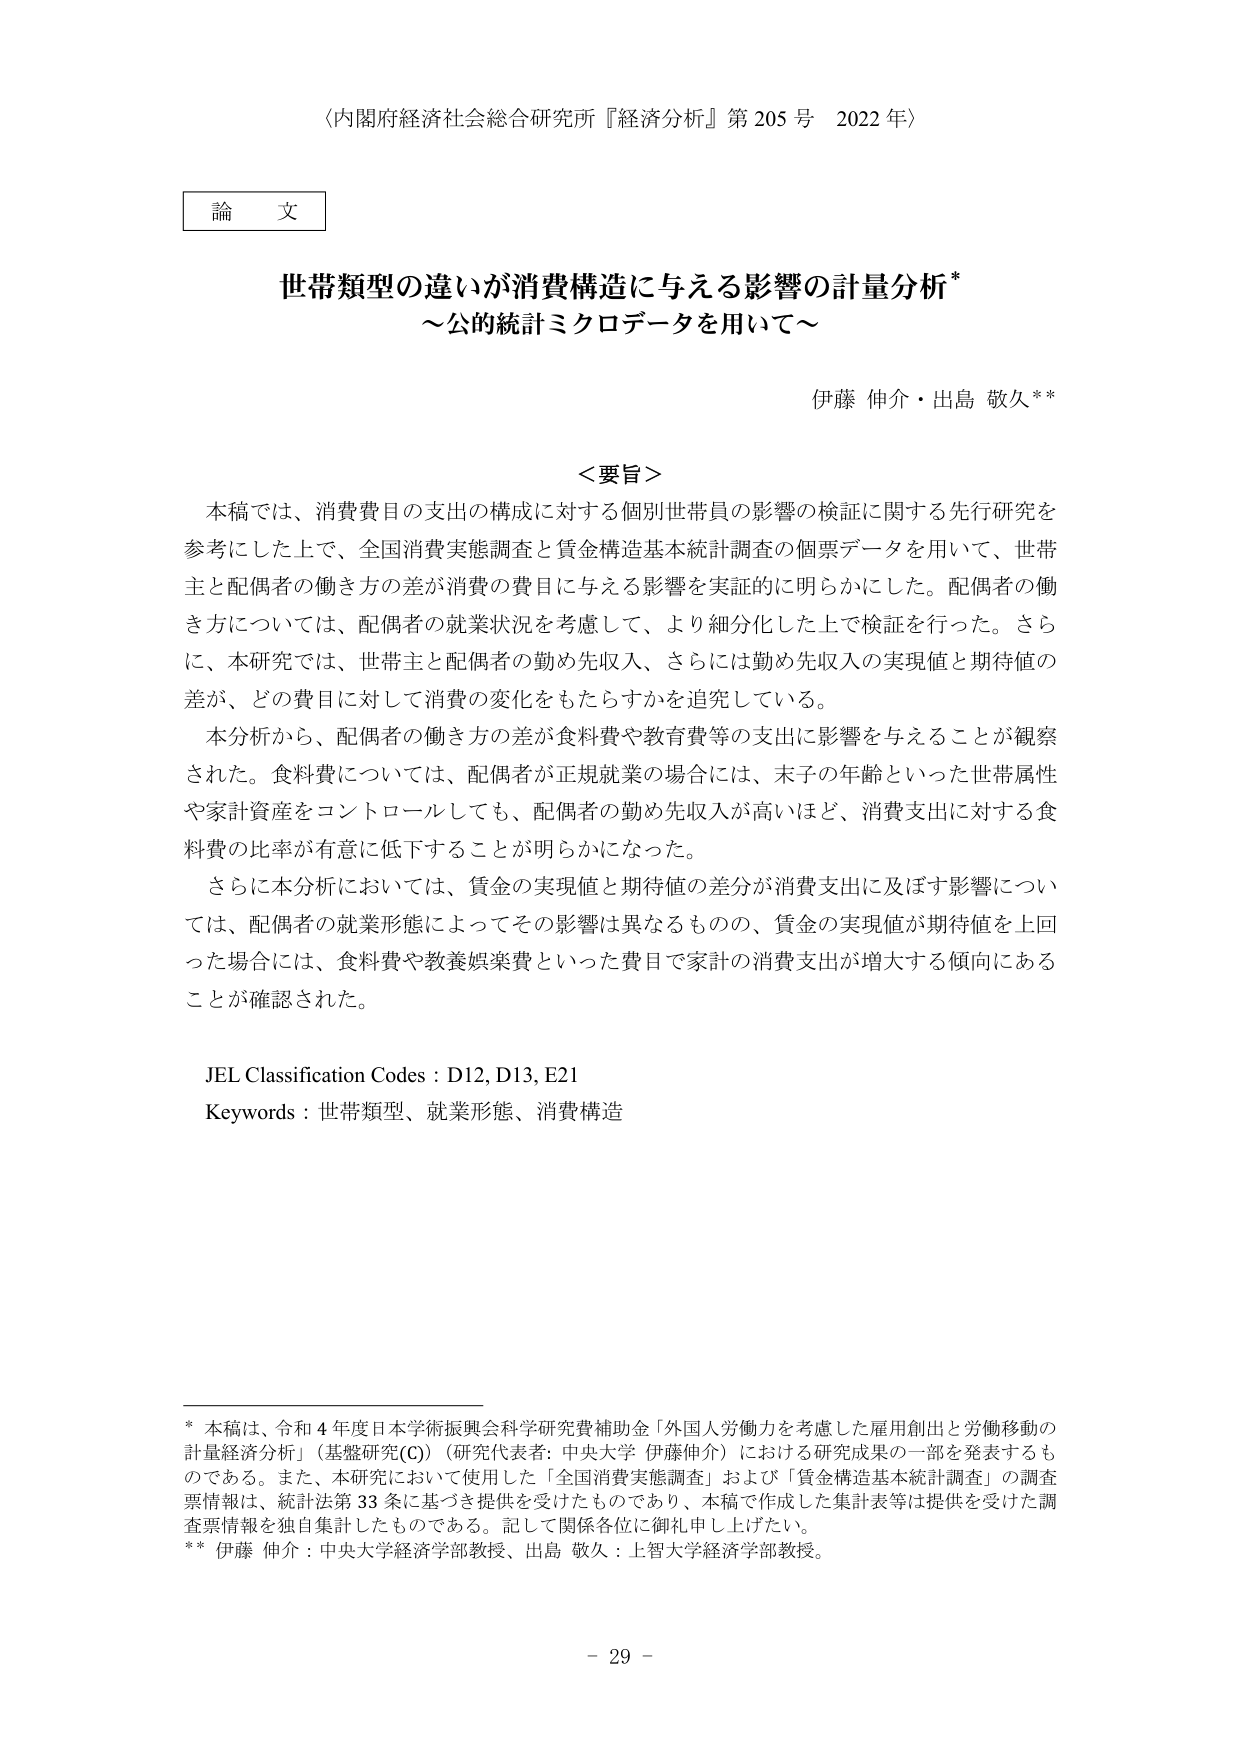
〈内閣府経済社会総合研究所『経済分析』第205号 2022年〉

論文

世帯類型の違いが消費構造に与える影響の計量分析*
～公的統計ミクロデータを用いて～

伊藤 伸介・出島 敬久**

＜要旨＞
本稿では、消費費目の支出の構成に対する個別世帯員の影響の検証に関する先行研究を
参考にした上で、全国消費実態調査と賃金構造基本統計調査の個票データを用いて、世帯
主と配偶者の働き方の差が消費の費目に与える影響を実証的に明らかにした。配偶者の働
き方については、配偶者の就業状況を考慮して、より細分化した上で検証を行った。さら
に、本研究では、世帯主と配偶者の勤め先収入、さらには勤め先収入の実現値と期待値の
差が、どの費目に対して消費の変化をもたらすかを追究している。
本分析から、配偶者の働き方の差が食料費や教育費等の支出に影響を与えることが観察
された。食料費については、配偶者が正規就業の場合には、末子の年齢といった世帯属性
や家計資産をコントロールしても、配偶者の勤め先収入が高いほど、消費支出に対する食
料費の比率が有意に低下することが明らかになった。
さらに本分析においては、賃金の実現値と期待値の差分が消費支出に及ぼす影響につい
ては、配偶者の就業形態によってその影響は異なるものの、賃金の実現値が期待値を上回
った場合には、食料費や教養娯楽費といった費目で家計の消費支出が増大する傾向にある
ことが確認された。

JEL Classification Codes : D12, D13, E21
Keywords : 世帯類型、就業形態、消費構造

* 本稿は、令和4年度日本学術振興会科学研究費補助金「外国人労働力を考慮した雇用創出と労働移動の
計量経済分析」（基盤研究(C)）（研究代表者: 中央大学 伊藤伸介）における研究成果の一部を発表するも
のである。また、本研究において使用した「全国消費実態調査」および「賃金構造基本統計調査」の調査
票情報は、統計法第33条に基づき提供を受けたものであり、本稿で作成した集計表等は提供を受けた調
査票情報を独自集計したものである。記して関係各位に御礼申し上げたい。
** 伊藤 伸介：中央大学経済学部教授、出島 敬久：上智大学経済学部教授。

- 29 -